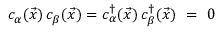
c _ { \alpha } ( { \vec { x } } ) \, c _ { \beta } ( { \vec { x } } ) = c _ { \alpha } ^ { \dagger } ( { \vec { x } } ) \, c _ { \beta } ^ { \dagger } ( { \vec { x } } ) ~ = ~ 0